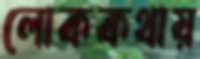
লোককথায়